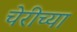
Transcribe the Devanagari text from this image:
चेरीच्या